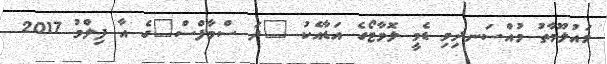
މައުލޫމާތު މުއްސަނދިވި ޑެމީ ލޮވާޓޯގެ އަޑާއެކު "ދަ ސްމާފްސް"ގެ އާ ފިލްމު 2017